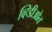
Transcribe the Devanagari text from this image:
व्हिडीओत